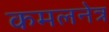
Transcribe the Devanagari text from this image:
कमलनेत्र